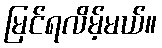
မြင်ရလိမ့်မယ်။